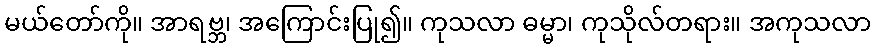
မယ်တော်ကို။ အာရဗ္ဘ၊ အကြောင်းပြု၍။ ကုသလာ ဓမ္မာ၊ ကုသိုလ်တရား။ အကုသလာ